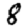
Digit: 8